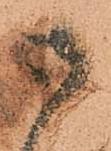
御